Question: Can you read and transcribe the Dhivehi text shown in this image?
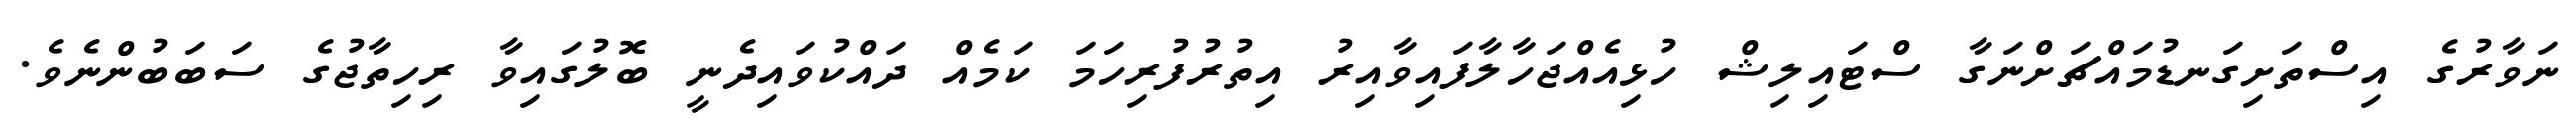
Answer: ނަވާރުގެ އިސްތަށިގަނޑުމައްޗަށްނަގާ ސްޓައިލިޝް ހުޅިއެއްޖަހާލާފައިވާއިރު އިތުރުފުރިހަމަ ކަމެއް ދައްކުވައިދެނީ ބޮލުގައިވާ ރިހިތާޖުގެ ސަބަބުންނެވެ.